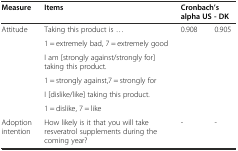
<table><thead><tr><td><b>Measure</b></td><td><b>Items</b></td><td colspan="2"><b>Cronbach’s alpha US - DK</b></td></tr></thead><tbody><tr><td rowspan="6">Attitude</td><td>Taking this product is ...</td><td rowspan="6">0.908</td><td rowspan="6">0.905</td></tr><tr><td>1 = extremely bad, 7 = extremely good</td></tr><tr><td>I am [strongly against/strongly for] taking this product.</td></tr><tr><td>1 = strongly against,7 = strongly for</td></tr><tr><td>I [dislike/like] taking this product.</td></tr><tr><td>1 = dislike, 7 = like</td></tr><tr><td>Adoption intention</td><td>How likely is it that you will take resveratrol supplements during the coming year?</td><td>-</td><td>-</td></tr></tbody></table>